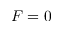
F = 0